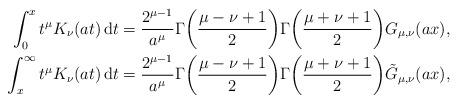
LaTeX: \begin{align*}\int_0^x t^\mu K_\nu(at)\,\mathrm{d}t&=\frac{2^{\mu-1}}{a^\mu}\Gamma\bigg(\frac{\mu-\nu+1}{2}\bigg)\Gamma\bigg(\frac{\mu+\nu+1}{2}\bigg)G_{\mu,\nu}(ax), \\\int_x^\infty t^\mu K_\nu(at)\,\mathrm{d}t&=\frac{2^{\mu-1}}{a^\mu}\Gamma\bigg(\frac{\mu-\nu+1}{2}\bigg)\Gamma\bigg(\frac{\mu+\nu+1}{2}\bigg)\tilde{G}_{\mu,\nu}(ax), \end{align*}